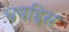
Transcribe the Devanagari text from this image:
चयद्दिस